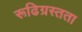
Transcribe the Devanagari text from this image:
रूढिग्रस्तता